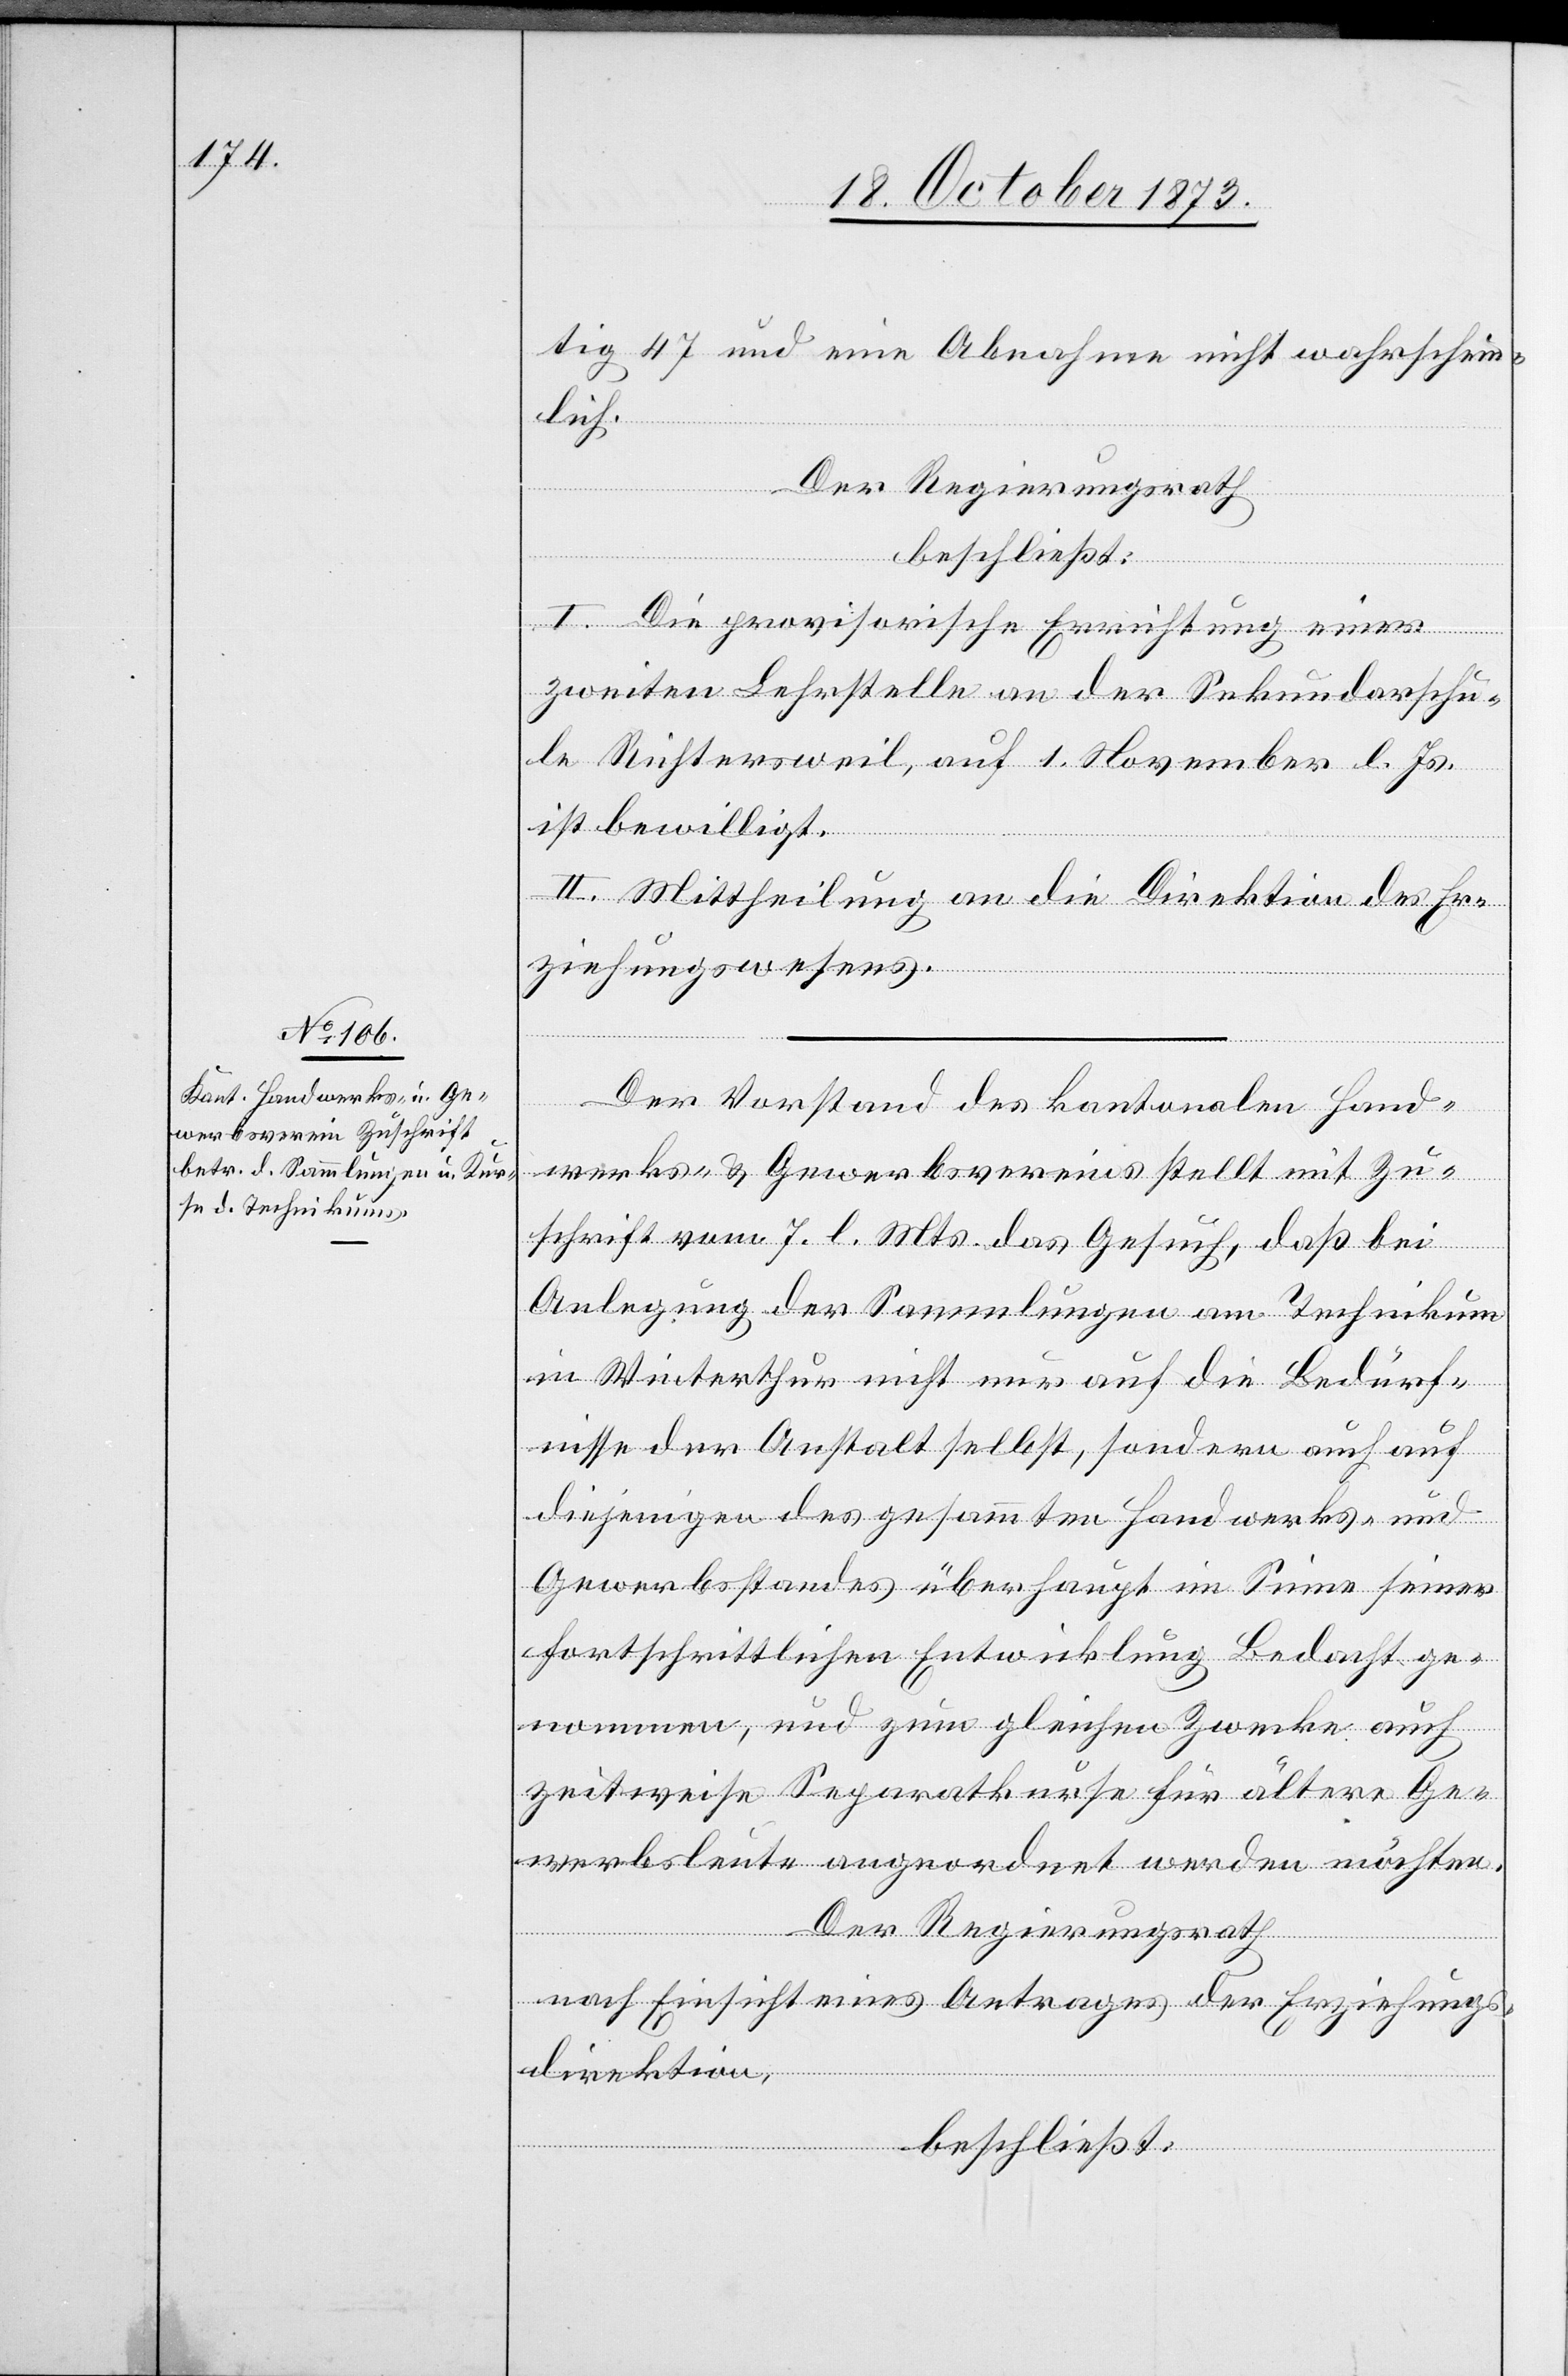
tig 47 und eine Abnahme nicht wahrschein¬
lich.
Der Regierungsrath
beschließt:
I. Die provisorische Errichtung einer
zweiten Lehrstelle an der Sekundarschu¬
le Richtersweil, auf 1. November l. Js.
ist bewilligt.
II. Mittheilung an die Direktion des Er¬
ziehungswesens.
Der Vorstand des kantonalen Hand¬
werks- & Gewerbsvereins stellt mit Zu¬
schrift vom 7. l. Mts. das Gesuch, daß bei
Anlegung der Sammlungen am Technikum
in Winterthur nicht nur auf die Bedürf¬
nisse der Anstalt selbst, sondern auch auf
diejenigen des gesammten Handwerks- und
Gewerbsstandes überhaupt im Sinne seiner
fortschrittlichen Entwicklung Bedacht ge¬
nommen, und zum gleichen Zwecke auch
zeitweise Separatkurse für ältere Ge¬
werbsleute angeordnet werden möchten.
Der Regierungsrath
nach Einsicht eines Antrages der Erziehungs¬
direktion,
beschließt: